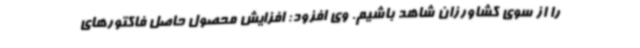
را از سوی کشاورزان شاهد باشیم. وی افزود: افزایش محصول حاصل فاکتورهای